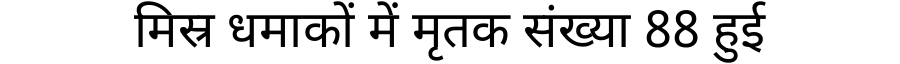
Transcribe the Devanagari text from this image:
मिस्र धमाकों में मृतक संख्या 88 हुई